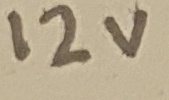
Text: 12V